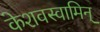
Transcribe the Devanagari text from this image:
केशवस्वामिन्